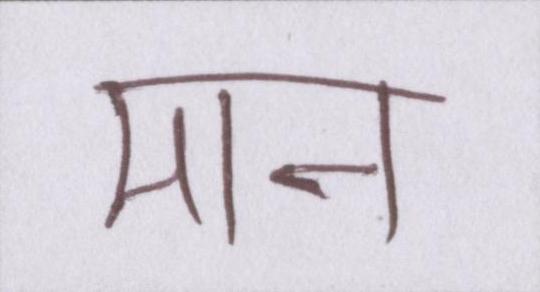
मान